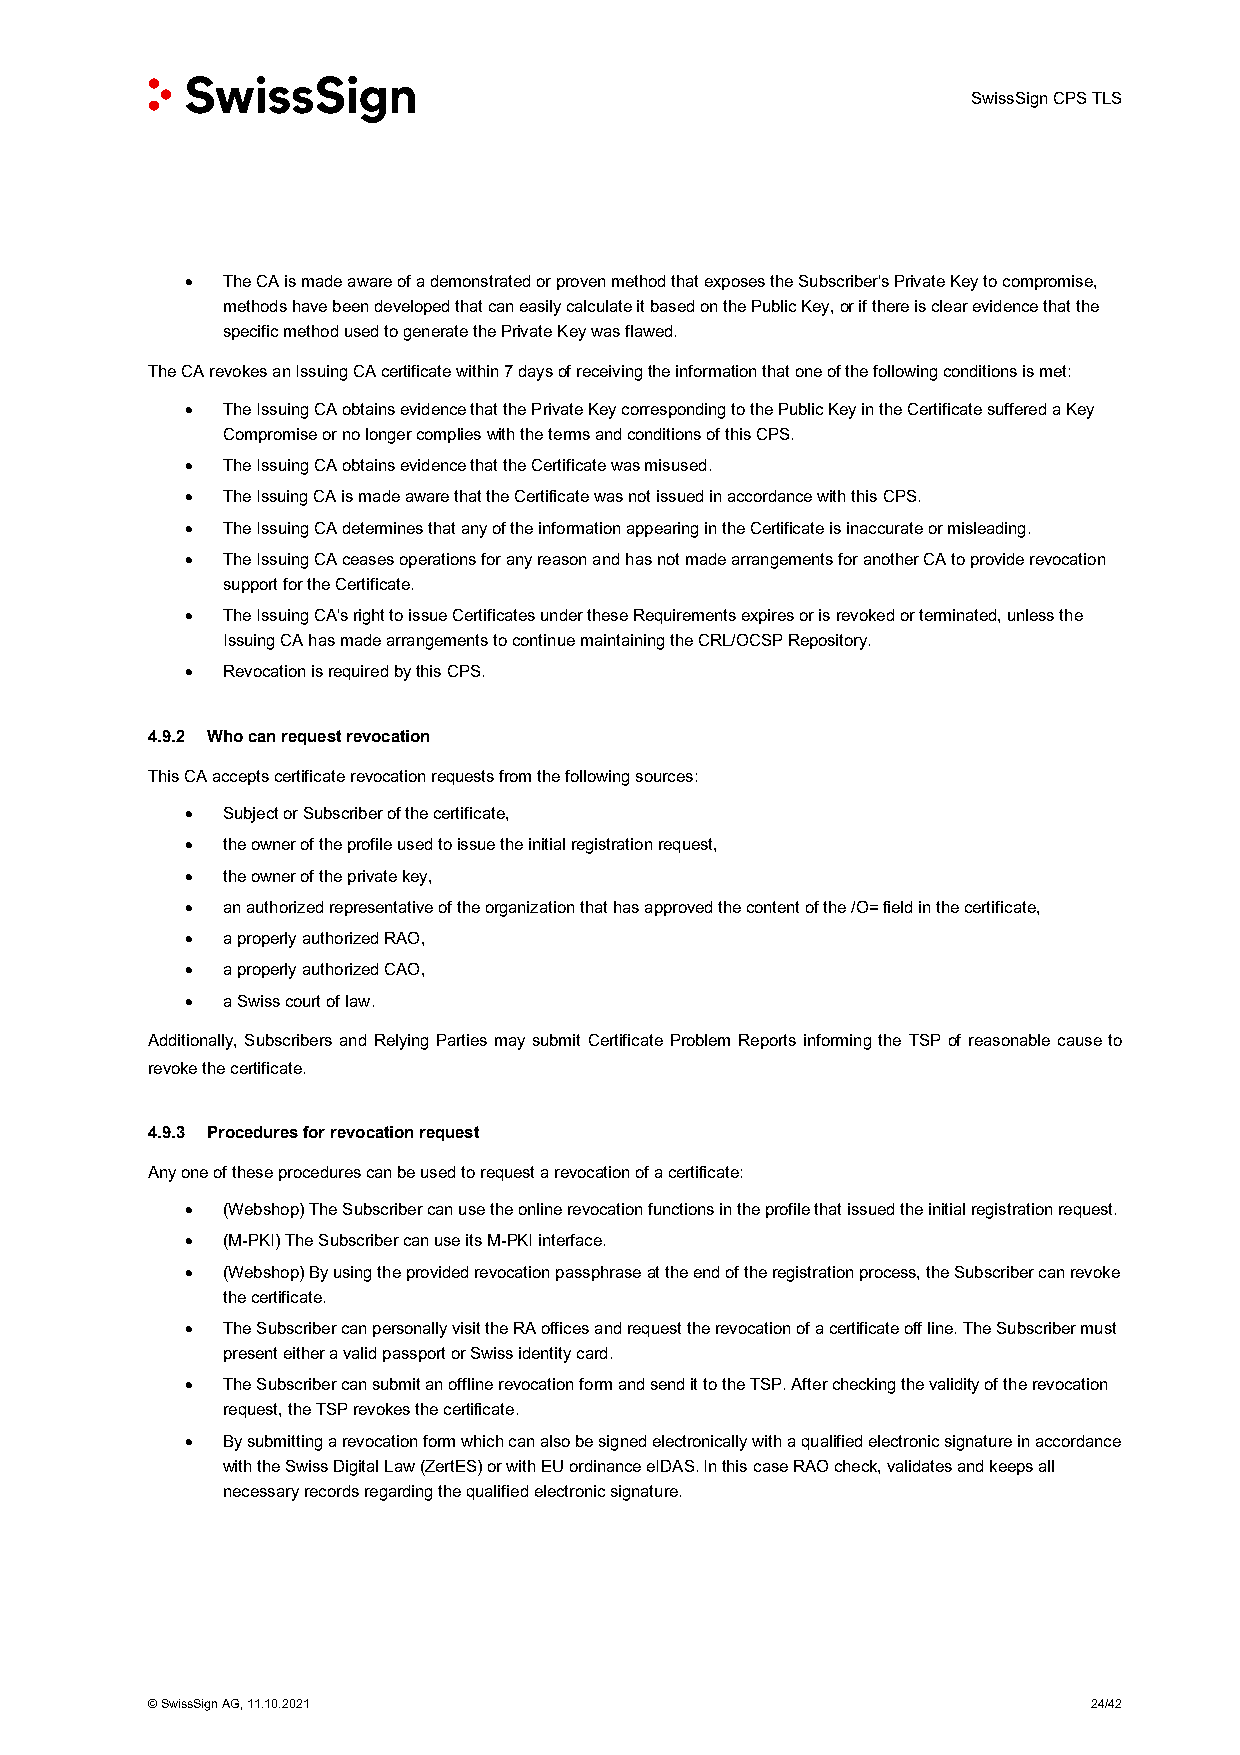
SwissSign CPS TLS
 •  The CA is made aware of a demonstrated or proven method that exposes the Subscriber's Private Key to compromise,
 methods have been developed that can easily calculate it based on the Public Key, or if there is clear evidence that the
 specific method used to generate the Private Key was flawed.
 The CA revokes an Issuing CA certificate within 7 days of receiving the information that one of the following conditions is met:
 •  The Issuing CA obtains evidence that the Private Key corresponding to the Public Key in the Certificate suffered a Key
 Compromise or no longer complies with the terms and conditions of this CPS.
 •  The Issuing CA obtains evidence that the Certificate was misused.
 •  The Issuing CA is made aware that the Certificate was not issued in accordance with this CPS.
 •  The Issuing CA determines that any of the information appearing in the Certificate is inaccurate or misleading.
 •  The Issuing CA ceases operations for any reason and has not made arrangements for another CA to provide revocation
 support for the Certificate.
 •  The Issuing CA's right to issue Certificates under these Requirements expires or is revoked or terminated, unless the
 Issuing CA has made arrangements to continue maintaining the CRL/OCSP Repository.
 •  Revocation is required by this CPS.
 4.9.2 Who can request revocation
 This CA accepts certificate revocation requests from the following sources:
 •  Subject or Subscriber of the certificate,
 •  the owner of the profile used to issue the initial registration request,
 •  the owner of the private key,
 •  an authorized representative of the organization that has approved the content of the /O= field in the certificate,
 •  a properly authorized RAO,
 •  a properly authorized CAO,
 •  a Swiss court of law.
 Additionally, Subscribers and Relying Parties may submit Certificate Problem Reports informing the TSP of reasonable cause to
 revoke the certificate.
 4.9.3 Procedures for revocation request
 Any one of these procedures can be used to request a revocation of a certificate:
 •  (Webshop) The Subscriber can use the online revocation functions in the profile that issued the initial registration request.
 •  (M-PKI) The Subscriber can use its M-PKI interface.
 •  (Webshop) By using the provided revocation passphrase at the end of the registration process, the Subscriber can revoke
 the certificate.
 •  The Subscriber can personally visit the RA offices and request the revocation of a certificate off line. The Subscriber must
 present either a valid passport or Swiss identity card.
 •  The Subscriber can submit an offline revocation form and send it to the TSP. After checking the validity of the revocation
 request, the TSP revokes the certificate.
 •  By submitting a revocation form which can also be signed electronically with a qualified electronic signature in accordance
 with the Swiss Digital Law (ZertES) or with EU ordinance eIDAS. In this case RAO check, validates and keeps all
 necessary records regarding the qualified electronic signature.
 © SwissSign AG, 11.10.2021                                    24/42